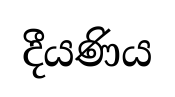
දීයණිය